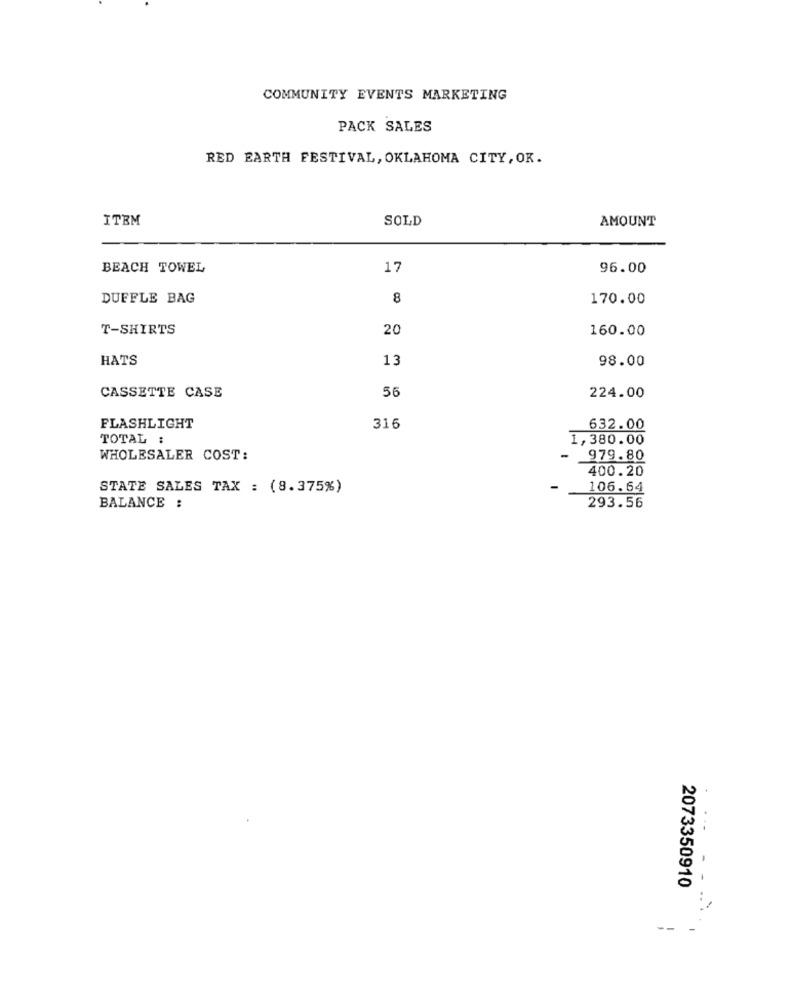
COMMUNITY EVENTS MARKETING
PACK SALES
RED EARTH FESTIVAL, OKLAHOMA CITY, OK.
ITEM
SOLD
AMOUNT
BEACH TOWEL
17
96.00
DUFFLE BAG
8
170.00
T-SHIRTS
20
160.00
HATS
13
98.00
56
224.00
CASSETTE CASE
FLASHLIGHT
316
632.00
TOTAL :
1,380.00
WHOLESALER COST:
979.80
400.20
STATE SALES TAX : (8.375%)
106.64
BALANCE :
293.56
2073350910
--